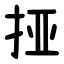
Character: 挜